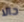
حالا